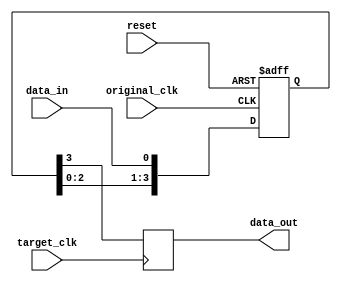
module four_flop_synchronizer(
    input wire original_clk,
    input wire target_clk,
    input wire reset,
    input wire data_in,
    output reg data_out
);

reg [3:0] flop;

always @(posedge original_clk or posedge reset) begin
    if (reset) begin
        flop <= 4'b0000;
    end else begin
        flop <= {flop[2:0], data_in};
    end
end

always @(posedge target_clk) begin
    data_out <= flop[3];
end

endmodule